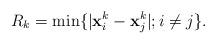
LaTeX: \begin{align*}R_k=\min \{|{\bf x}_i^k-{\bf x}_j^k|; i\neq j\}.\end{align*}